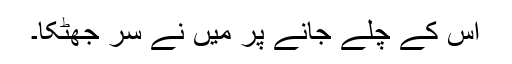
اس کے چلے جانے پر میں نے سر جھٹکا۔